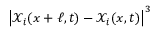
\left| { \mathcal { X } } _ { i } ( x + \ell , t ) - { \mathcal { X } } _ { i } ( x , t ) \right| ^ { 3 }